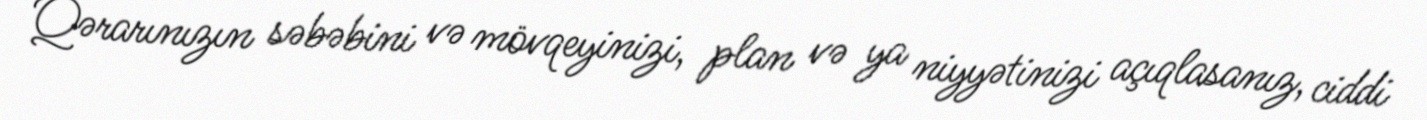
Qərarınızın səbəbini və mövqeyinizi, plan və ya niyyətinizi açıqlasanız, ciddi